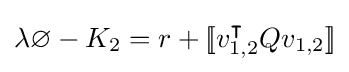
\lambda \varnothing -K_{2}=r+[\![v_{1,2}^{\intercal }Qv_{1,2}]\!]